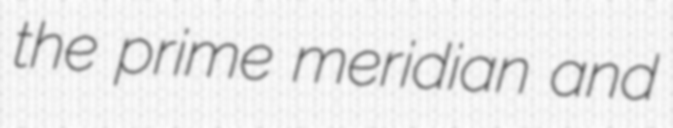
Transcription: the prime meridian and